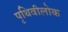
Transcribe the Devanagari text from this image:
पृथिवीलोक